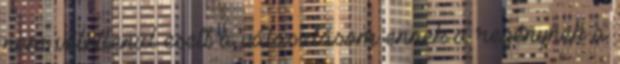
nem véletlenül esett a választásom ennek a regénynek a